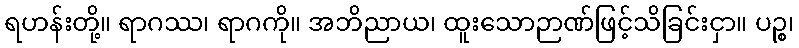
ရဟန်းတို့။ ရာဂဿ၊ ရာဂကို။ အဘိညာယ၊ ထူးသောဉာဏ်ဖြင့်သိခြင်းငှာ။ ပဉ္စ၊